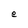
Character: e